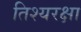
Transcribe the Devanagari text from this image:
तिश्यरक्षा